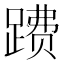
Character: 𲃺